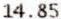
14.85